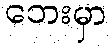
ဘေးမှာ